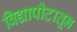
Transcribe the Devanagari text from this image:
विद्यापीटातून